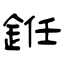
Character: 銋